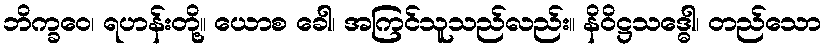
ဘိက္ခဝေ၊ ရဟန်းတို့။ ယောစ ခေါ၊ အကြင်သူသည်လည်း။ နိဝိဋ္ဌသဒ္ဓေါ၊ တည်သော